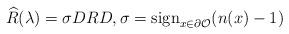
LaTeX: \begin{align*} \widehat{R}(\lambda)=\sigma DRD, \sigma={\rm sign}_{x\in \partial \mathcal O}(n(x)-1) \end{align*}